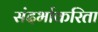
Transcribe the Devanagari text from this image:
संदर्भाकरिता